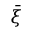
\bar { \xi }